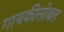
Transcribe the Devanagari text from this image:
गायकीसोबत